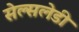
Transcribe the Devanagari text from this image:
सेल्सलेडी